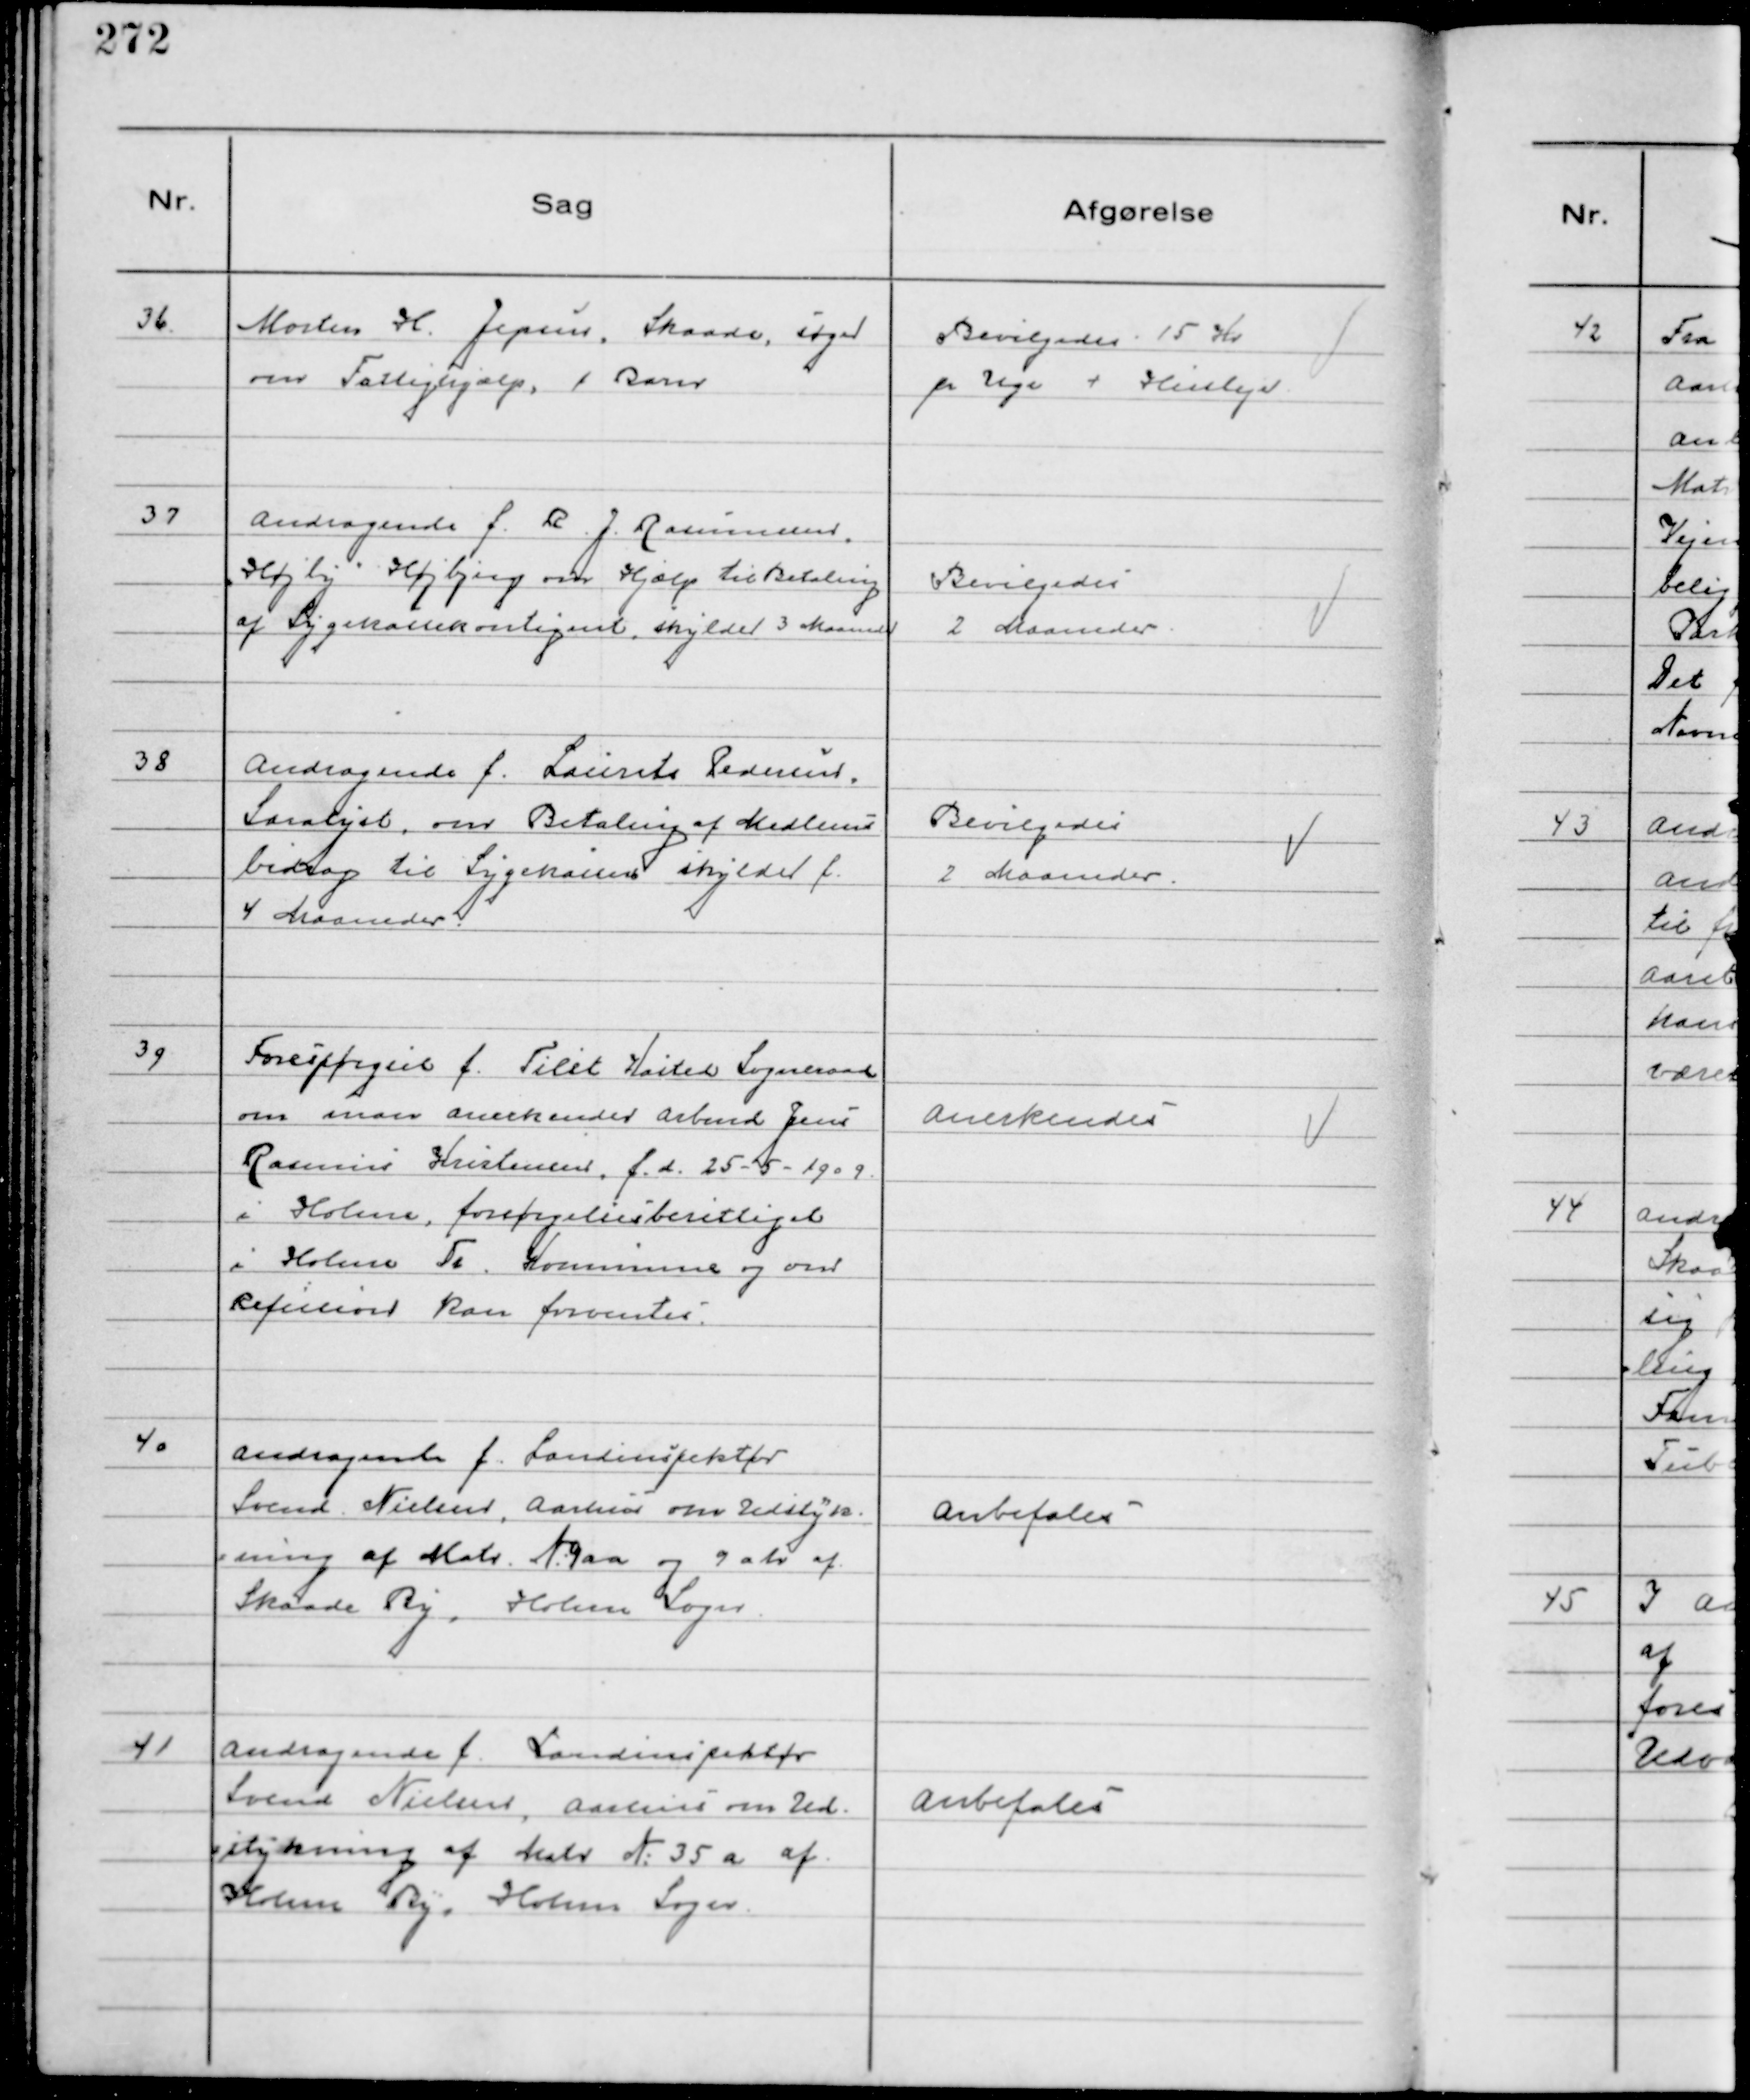
Transskription:
36.
Morten H. Jepsen, Skaade, søger
om Fattighjælp, 1 Barn

Bevilgedes 15 Kr
pr Uge + Husleje

37
Andragende f. R. J. Rasmussen
"Højly" Højbjerg om Hjælp til Betaling
af Sygekassekontigent, skylder 3 Maaneder

Bevilgedes
2 Maaneder

38
Andragende f. Laurits Pedersen,
Saralyst, om Betaling af Medlems
bidrag til Sygekassen skylder f.
4 Maaneder.

Bevilgedes
2 Maaneder

39
Forespørgsel f. Tilst Kasted Sogneraad
om man anerkender Arbmd Jens
Rasmus Kristensen, f. d. 25-5-1909
i Holme, forsørgelsesberettiget
i Holme Tr. Kommune og om
Refusion kan forventes.

Anerkendes

40
Andragende f. Landinspektør
Svend Nielsen, Aarhus om Udstyk-
ning af Matr №9aa og 9 a h af
Skaade By, Holme Sogn.

Anbefales

41
Andragende f. Landinspektør
Svend Nielsen, Aarhus om Ud-
stykning af Matr №35 a af
Holme By, Holme Sogn

Anbefales